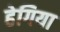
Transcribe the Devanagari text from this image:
हेगिया